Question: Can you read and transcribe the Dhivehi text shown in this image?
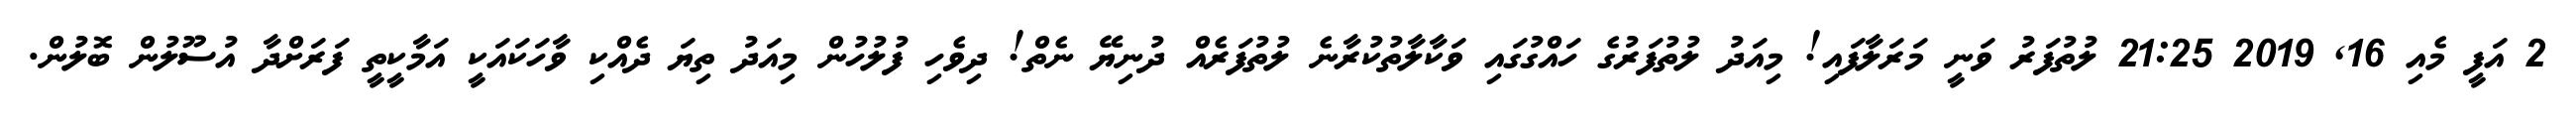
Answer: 2 އަފީ މެއި 16, 2019 21:25 ލުތުފަރު ވަނީ މަރަލާފައި! މިއަދު ލުތުފަރުގެ ހައްގުގައި ވަކާލާތުކުރާނެ ލުތުފަރެއް ދުނިޔޭ ނެތް! ދިވެހި ފުލުހުން މިއަދު ތިޔަ ދެއްކި ވާހަކައަކީ އަމާކީތީ ފަރަށްދާ އުސޫލުން ބޮލުން.